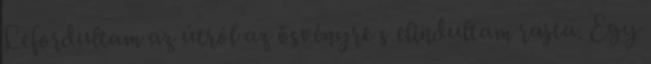
Lefordultam az útról az ösvényre s elindultam rajta. Egy